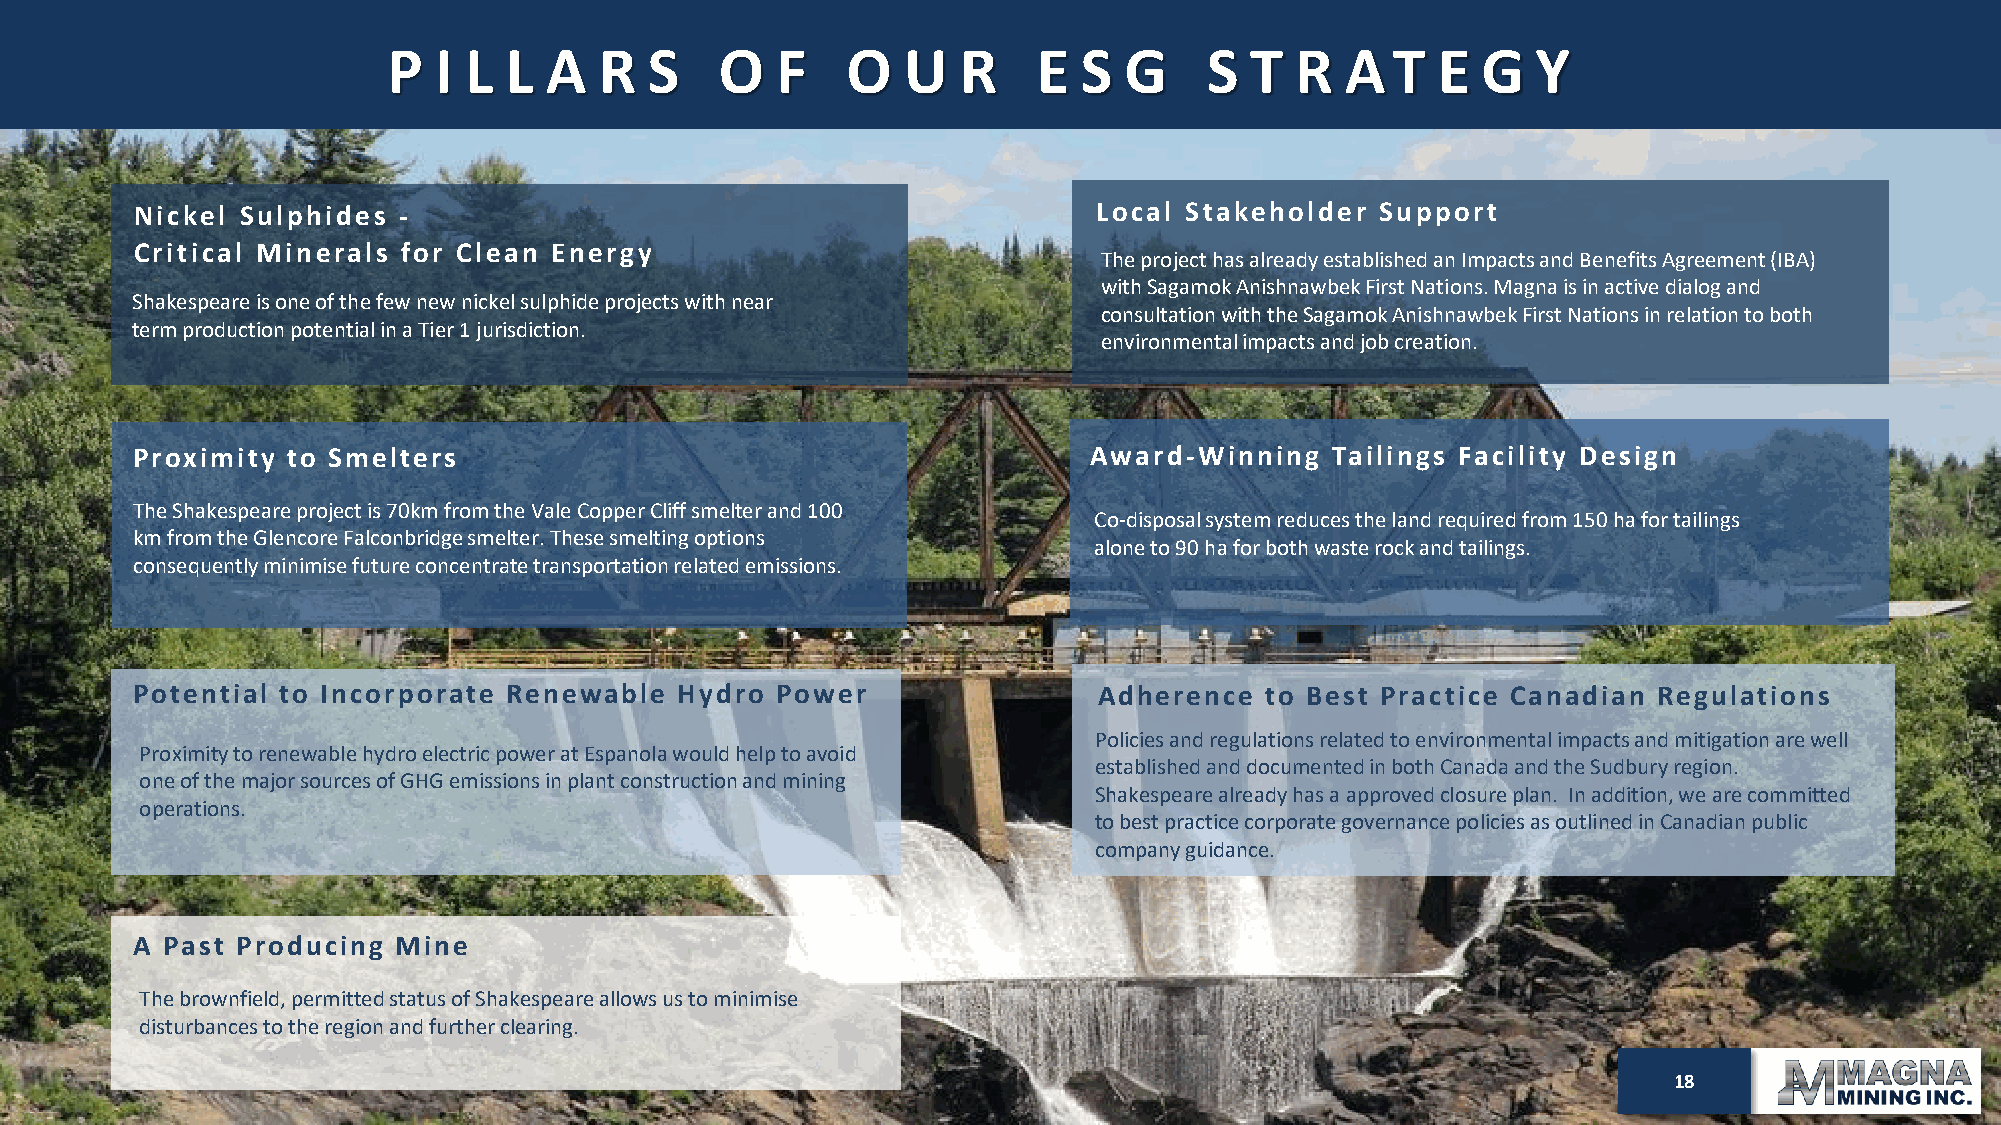
P  I L L  A   R  S    O  F    O   U   R    E  S G     S  T  R  A  T  E  G   Y
 Nickel Sulphides -                                              Local Stakeholder Support
 Critical Minerals for Clean Energy
 The project has already established an Impacts and Benefits Agreement (IBA)
 with SagamokAnishnawbekFirst Nations. Magna is in active dialog and
 Shakespeare is one of the few new nickel sulphideprojects with near
 consultation with the SagamokAnishnawbekFirst Nations in relation to both
 term production potential in a Tier 1 jurisdiction.
 environmental impacts and job creation.
 Proximity to Smelters                                          Award-Winning   Tailings Facility Design
 The Shakespeare project is 70km from the Vale Copper Cliff smelter and 100
 Co-disposal system reduces the land required from 150 ha for tailings
 km from the Glencore Falconbridge smelter. These smelting options
 alone to 90 ha for both waste rock and tailings.
 consequently minimise future concentrate transportation related emissions.
 Potential to Incorporate Renewable  Hydro Power                 Adherence  to Best Practice Canadian Regulations
 Policies and regulations related to environmental impacts and mitigation are well
 Proximity to renewable hydro electric power at Espanola would help to avoid
 established and documented in both Canada and the Sudbury region.
 one of the major sources of GHG emissions in plant construction and mining
 Shakespeare already has a approvedclosure plan. In addition, we are committed
 operations.
 to best practice corporate governance policies as outlined in Canadian public
 company guidance.
 A Past Producing Mine
 The brownfield, permitted status of Shakespeare allows us to minimise
 disturbances to the region and further clearing.
 128